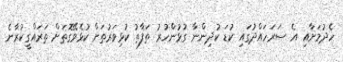
ހެދުމަށާއި އެ ސަރަހައްދުގައި ކުޑަ ކުދިންނާ ގުޅުންހުރު ތަފާތު ކުޅިވަރުތަށް ކުޅެވޭގޮތަށް ތަރައްގީކުރާނެ